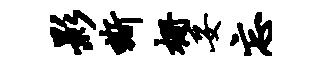
影嘶栅妥忘